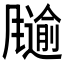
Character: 𲋋